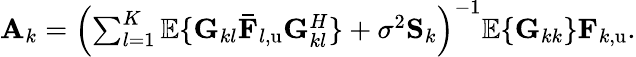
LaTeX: \begin{array}{r}{\mathbf{A}_{k}=\left(\sum_{l=1}^{K}{\mathbb{E}\{ \mathbf{G}_{kl}\mathbf{\bar{F}}_{l,\mathrm{u}}\mathbf{G}_{kl}^{H}\} }+\sigma^{2}\mathbf{S}_{k}\right)^{-1}\mathbb{E}\{ \mathbf{G}_{kk}\} \mathbf{F}_{k,\mathrm{u}}.}\end{array}